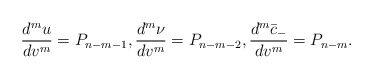
\begin{align*} \frac{d^mu}{dv^m}=P_{n-m-1},\frac{d^m\nu}{dv^m}=P_{n-m-2},\frac{d^m\bar{c}_-}{dv^m}=P_{n-m}.\end{align*}